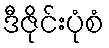
ဒီဇိုင်းပုံစံ